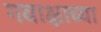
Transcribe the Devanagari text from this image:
गवाक्षाच्या